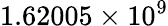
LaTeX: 1.62005\times 10^{9}